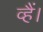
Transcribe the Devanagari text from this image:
व्हैं।